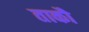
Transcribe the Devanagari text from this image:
ताकौ